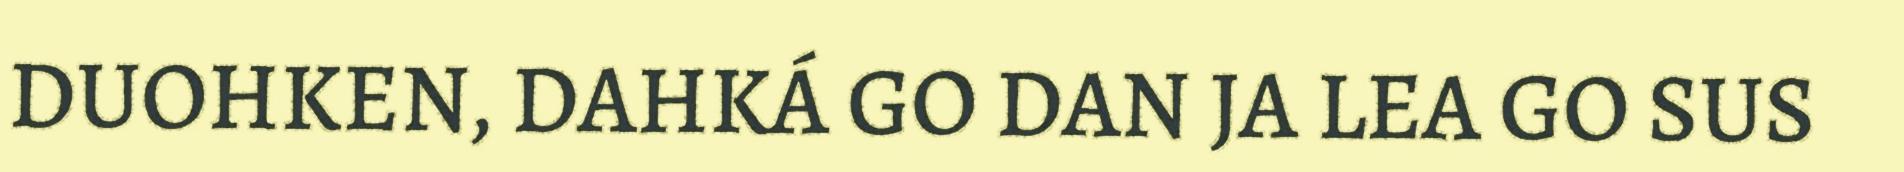
DUOHKEN, DAHKÁ GO DAN JA LEA GO SUS